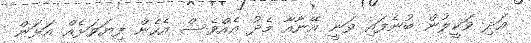
އަދި ވަކީލުން ބުނެފައި ވަނީ އޭނާއާ މެދު އެއްވެސް އެހެން ފިޔަވަޅެއް އަޅަން